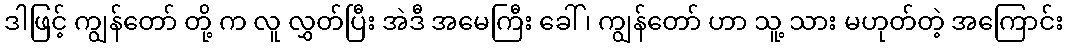
ဒါဖြင့် ကျွန်တော် တို့ က လူ လွှတ်ပြီး အဲဒီ အမေကြီး ခေါ် ၊ ကျွန်တော် ဟာ သူ့ သား မဟုတ်တဲ့ အကြောင်း